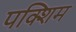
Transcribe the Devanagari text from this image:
पक्शिम